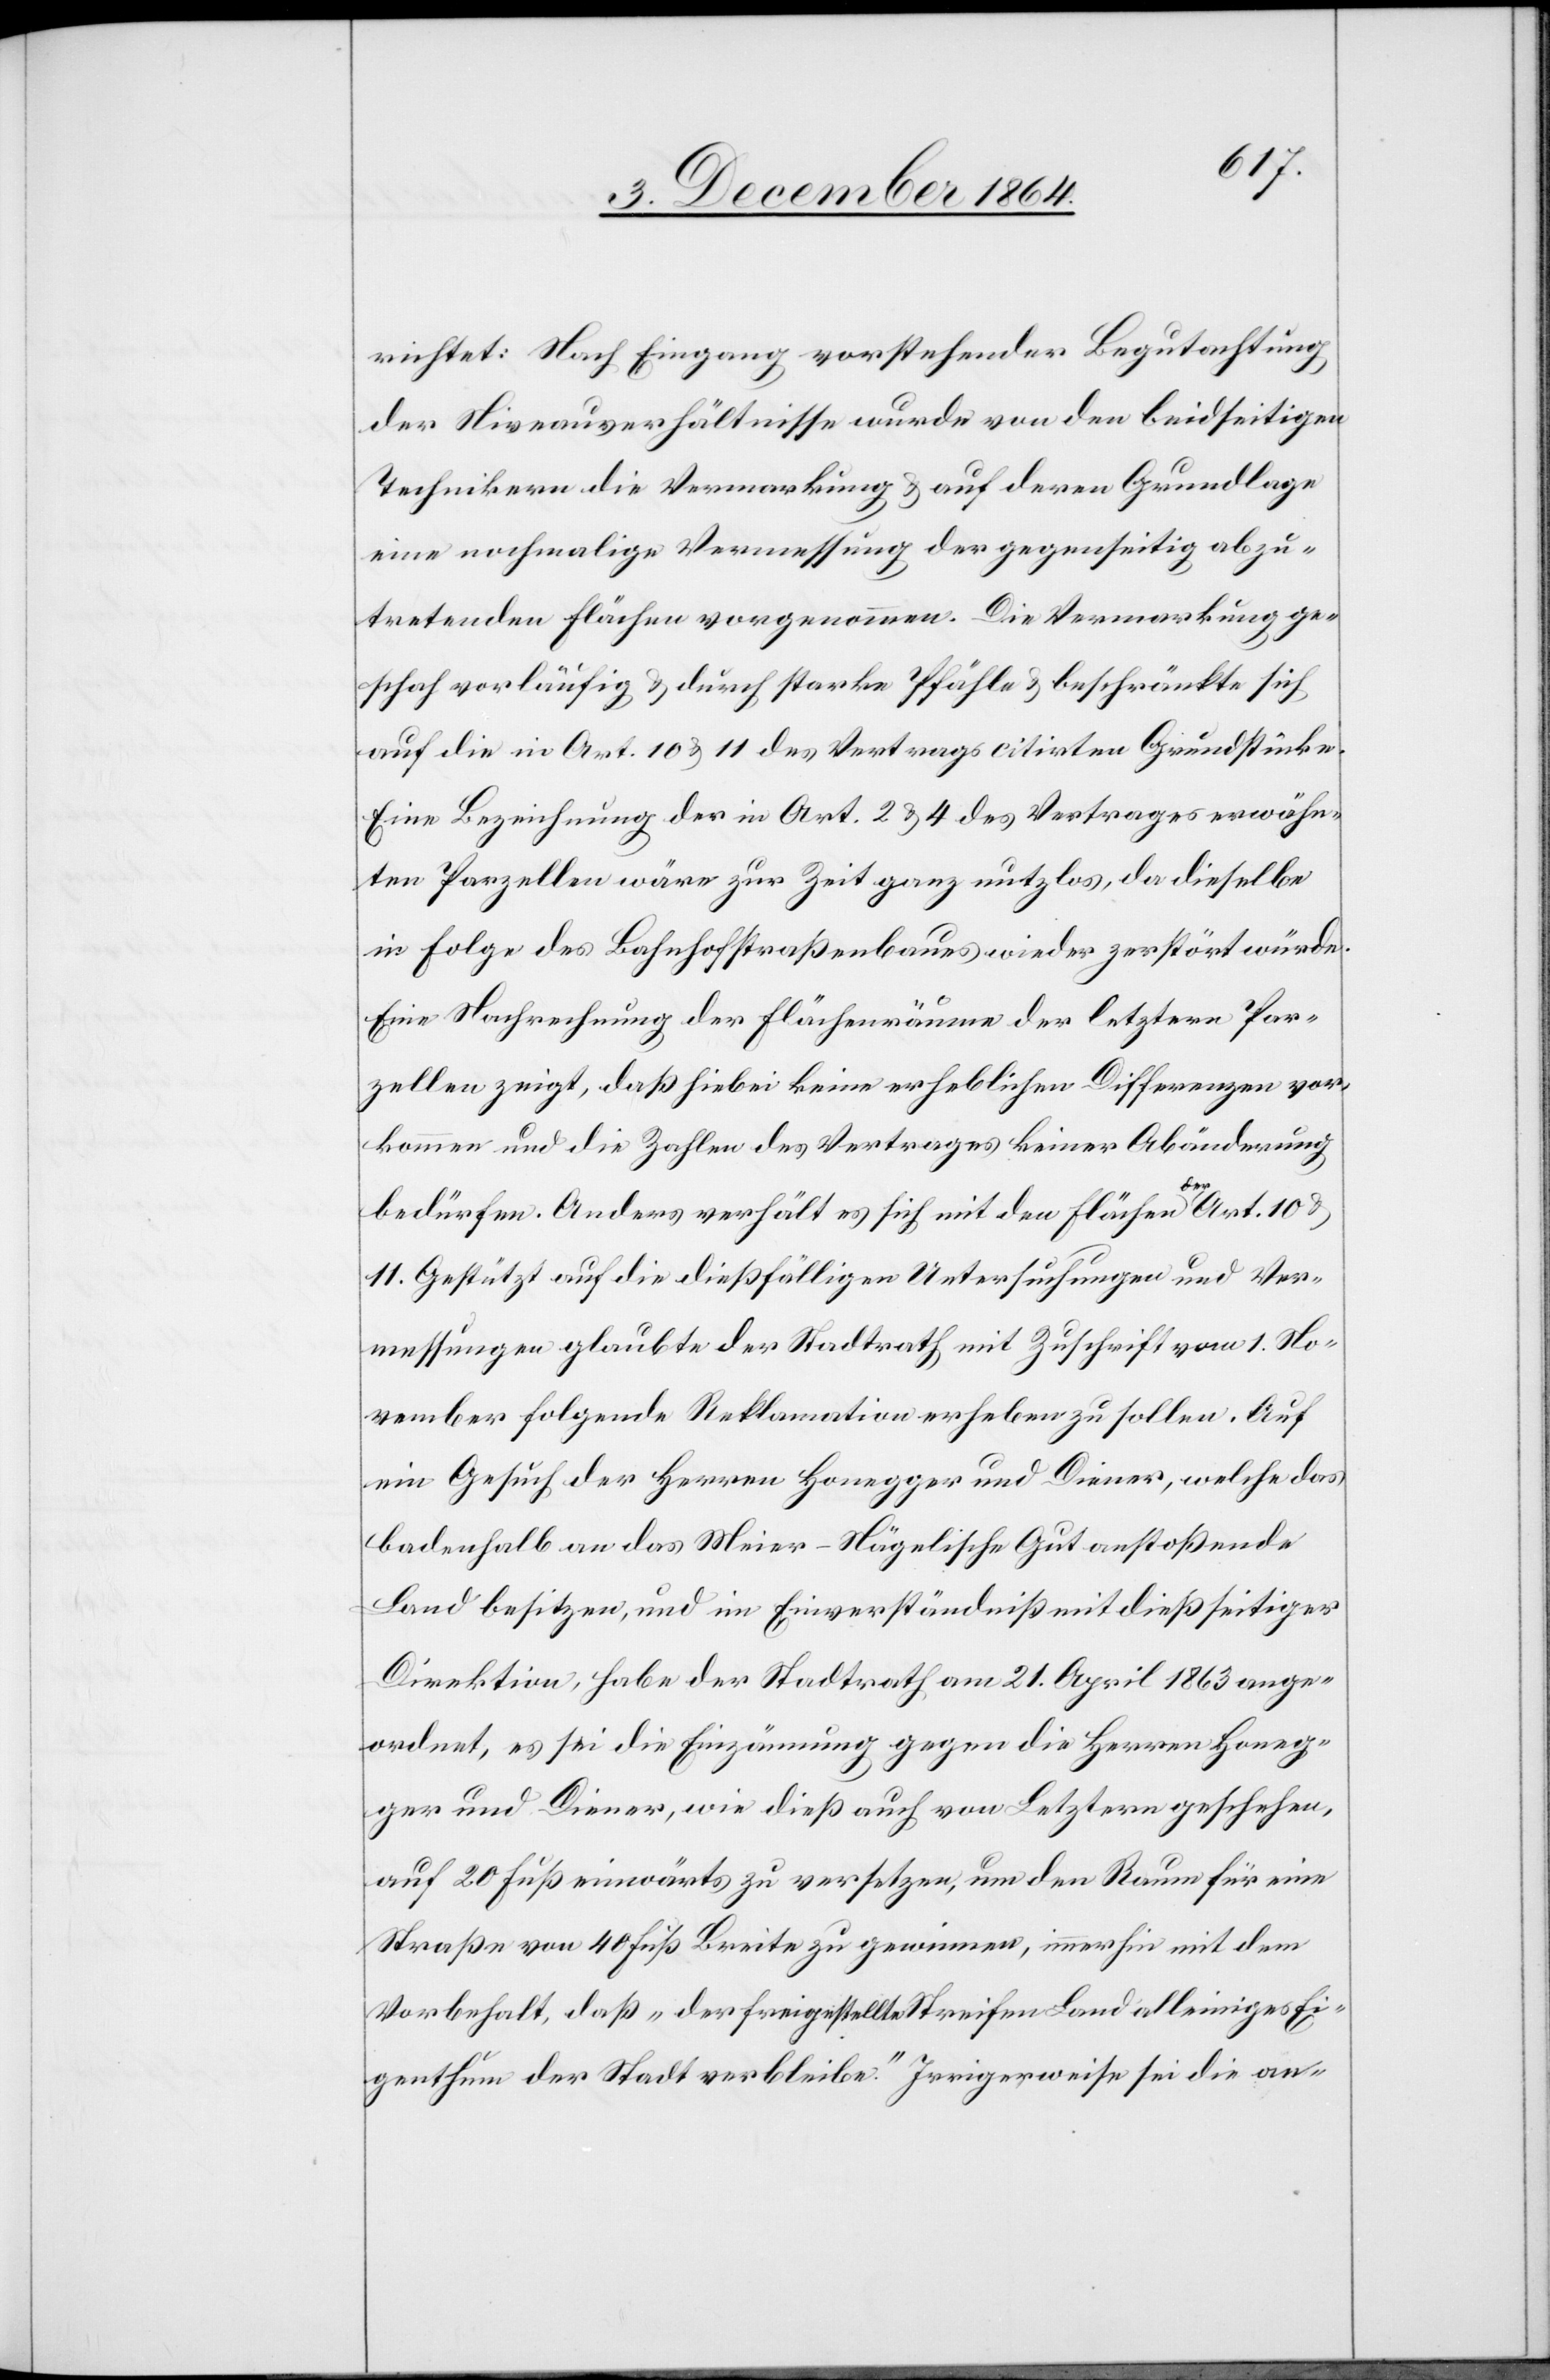
richtet: Nach Eingang vorstehender Begutachtung
der Niveauverhältnisse wurde von den beidseitigen
Technikern die Vermarkung & auf deren Grundlage
eine nochmalige Vermessung der gegenseitig abzu¬
tretenden Flächen vorgenommen. Die Vermarkung ge¬
schah vorläufig & durch starke Pfähle & beschränkte sich
auf die in Art. 10 & 11 des Vertrags citirten Grundstücke.
Eine Bezeichnung der in Art. 2 & 4 des Vertrages erwähn¬
ten Parzellen wäre zur Zeit ganz nutzlos, da dieselbe
in Folge des Bahnhofstraßenbaues wieder zerstört würde.
Eine Nachrechnung der Flächenräume der letztern Par¬
zellen zeigt, daß hiebei keine erheblichen Differenzen vor¬
kommen und die Zahlen des Vertrages keiner Abänderung
bedürfen. Anders verhält es sich mit den Flächen des Art. 10 &
11. Gestützt auf die dießfälligen Untersuchungen und Ver¬
messungen glaubte der Stadtrath mit Zuschrift vom 1. No¬
vember folgende Reklamation erheben zu sollen. Auf
ein Gesuch der Herren Honegger und Diener, welche das
badenhalb [sic!] an das Meier-Nägelische Gut anstoßende
Land besitzen, und im Einverständniß mit dießseitiger
Direktion, habe der Stadtrath am 21. April 1863 ange¬
ordnet, es sei die Einzäunung gegen die Herren Honeg¬
ger und Diener, wie dieß auch von Letztern geschehen
auf 20 Fuß einwärts zu versetzen, um den Raum für eine
Straße von 40 Fuß Breite zu gewinnen, immerhin mit dem
Vorbehalt, daß „der freigestellte Streifen Land alleiniges Ei¬
genthum der Stadt verbleibe.“ Irrigerweise sei die an-